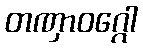
တဏှာဝဂ္ဂေါ